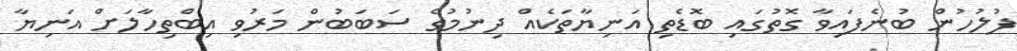
ފުލުހުން ބުނެފައިވާ ގޮތުގައި ބޮޑެތި އަނިޔާތަކެއް ދިނުމުގެ ސަބަބުން މަރުވި އިބްތިހާލަށް އަނިޔާ